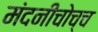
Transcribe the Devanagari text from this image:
मंदनीचोच्च